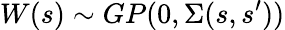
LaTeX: W(s)\sim GP(0,\Sigma(s,s^{\prime}))